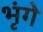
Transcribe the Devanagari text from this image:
भृंगे